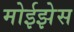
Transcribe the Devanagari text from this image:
मोईझेस